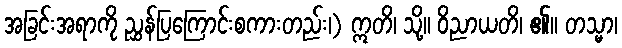
အခြင်းအရာကို ညွှန်ပြကြောင်းစကားတည်း၊) ဣတိ၊ သို့။ ဝိညာယတိ၊ ၏။ တသ္မာ၊